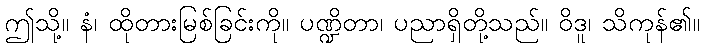
ဤသို့။ နံ၊ ထိုတားမြစ်ခြင်းကို။ ပဏ္ဍိတာ၊ ပညာရှိတို့သည်။ ဝိဒူ၊ သိကုန်၏။